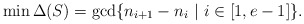
\begin{align*}\min \Delta(S) = \gcd\{n_{i+1} - n_i\ |\ i \in [1,e-1]\}.\end{align*}